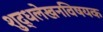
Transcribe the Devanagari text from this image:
शुद्धलेखनविषयक